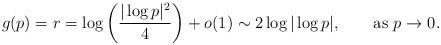
LaTeX: \begin{align*} g(p)=r=\log \left( \frac{|\log p|^2}{4}\right) +o(1) \sim 2\log|\log p|, \qquad\textrm{as } p\to 0.\end{align*}